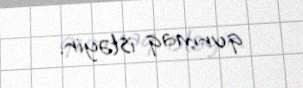
qurmaq istəyir.